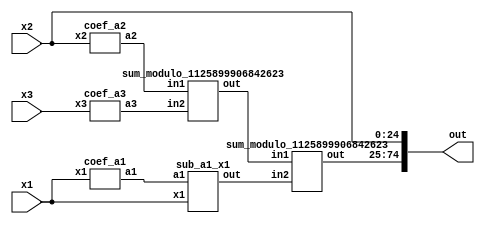
module reverse_converter_33554433_33554432_33554431 (x1, x2, x3, out);
	input [25:0] x1;
	input [24:0] x2;
	input [24:0] x3;
	wire [49:0] a1;
	wire [49:0] a2;
	wire [49:0] a3;
	wire [49:0] sum1;
	wire [49:0] sum2;
	wire [49:0] sum3;
	output [74:0] out;
		
	coef_a1 ca1(x1,a1);
	coef_a2 ca2(x2,a2);
	coef_a3 ca3(x3,a3);
	sum_modulo_1125899906842623 sm1(a2, a3, sum1);
	sub_a1_x1 sm2(a1, x1, sum2);
	sum_modulo_1125899906842623 sm3(sum1, sum2, sum3);
	
	assign out[0] = x2[0];
	assign out[1] = x2[1];
	assign out[2] = x2[2];
	assign out[3] = x2[3];
	assign out[4] = x2[4];
	assign out[5] = x2[5];
	assign out[6] = x2[6];
	assign out[7] = x2[7];
	assign out[8] = x2[8];
	assign out[9] = x2[9];
	assign out[10] = x2[10];
	assign out[11] = x2[11];
	assign out[12] = x2[12];
	assign out[13] = x2[13];
	assign out[14] = x2[14];
	assign out[15] = x2[15];
	assign out[16] = x2[16];
	assign out[17] = x2[17];
	assign out[18] = x2[18];
	assign out[19] = x2[19];
	assign out[20] = x2[20];
	assign out[21] = x2[21];
	assign out[22] = x2[22];
	assign out[23] = x2[23];
	assign out[24] = x2[24];
	
	assign out[25] = sum3[0];
	assign out[26] = sum3[1];
	assign out[27] = sum3[2];
	assign out[28] = sum3[3];
	assign out[29] = sum3[4];
	assign out[30] = sum3[5];
	assign out[31] = sum3[6];
	assign out[32] = sum3[7];
	assign out[33] = sum3[8];
	assign out[34] = sum3[9];
	assign out[35] = sum3[10];
	assign out[36] = sum3[11];
	assign out[37] = sum3[12];
	assign out[38] = sum3[13];
	assign out[39] = sum3[14];
	assign out[40] = sum3[15];
	assign out[41] = sum3[16];
	assign out[42] = sum3[17];
	assign out[43] = sum3[18];
	assign out[44] = sum3[19];
	assign out[45] = sum3[20];
	assign out[46] = sum3[21];
	assign out[47] = sum3[22];
	assign out[48] = sum3[23];
	assign out[49] = sum3[24];
	assign out[50] = sum3[25];
	assign out[51] = sum3[26];
	assign out[52] = sum3[27];
	assign out[53] = sum3[28];
	assign out[54] = sum3[29];
	assign out[55] = sum3[30];
	assign out[56] = sum3[31];
	assign out[57] = sum3[32];
	assign out[58] = sum3[33];
	assign out[59] = sum3[34];
	assign out[60] = sum3[35];
	assign out[61] = sum3[36];
	assign out[62] = sum3[37];
	assign out[63] = sum3[38];
	assign out[64] = sum3[39];
	assign out[65] = sum3[40];
	assign out[66] = sum3[41];
	assign out[67] = sum3[42];
	assign out[68] = sum3[43];
	assign out[69] = sum3[44];
	assign out[70] = sum3[45];
	assign out[71] = sum3[46];
	assign out[72] = sum3[47];
	assign out[73] = sum3[48];
	assign out[74] = sum3[49];
	
endmodule

module coef_a3 (x3, a3);
	input [24:0] x3;
	output [49:0] a3;
	assign a3[49] = x3[0];
	assign a3[48] = x3[24];
	assign a3[47] = x3[23];
	assign a3[46] = x3[22];
	assign a3[45] = x3[21];
	assign a3[44] = x3[20];
	assign a3[43] = x3[19];
	assign a3[42] = x3[18];
	assign a3[41] = x3[17];
	assign a3[40] = x3[16];
	assign a3[39] = x3[15];
	assign a3[38] = x3[14];
	assign a3[37] = x3[13];
	assign a3[36] = x3[12];
	assign a3[35] = x3[11];
	assign a3[34] = x3[10];
	assign a3[33] = x3[9];
	assign a3[32] = x3[8];
	assign a3[31] = x3[7];
	assign a3[30] = x3[6];
	assign a3[29] = x3[5];
	assign a3[28] = x3[4];
	assign a3[27] = x3[3];
	assign a3[26] = x3[2];
	assign a3[25] = x3[1];
	assign a3[24] = x3[0];
	assign a3[23] = x3[24];
	assign a3[22] = x3[23];
	assign a3[21] = x3[22];
	assign a3[20] = x3[21];
	assign a3[19] = x3[20];
	assign a3[18] = x3[19];
	assign a3[17] = x3[18];
	assign a3[16] = x3[17];
	assign a3[15] = x3[16];
	assign a3[14] = x3[15];
	assign a3[13] = x3[14];
	assign a3[12] = x3[13];
	assign a3[11] = x3[12];
	assign a3[10] = x3[11];
	assign a3[9] = x3[10];
	assign a3[8] = x3[9];
	assign a3[7] = x3[8];
	assign a3[6] = x3[7];
	assign a3[5] = x3[6];
	assign a3[4] = x3[5];
	assign a3[3] = x3[4];
	assign a3[2] = x3[3];
	assign a3[1] = x3[2];
	assign a3[0] = x3[1];
endmodule

module coef_a2 (x2, a2);
	input [24:0] x2;
	output [49:0] a2;
	assign a2[49] = ~x2[24];
	assign a2[48] = ~x2[23];
	assign a2[47] = ~x2[22];
	assign a2[46] = ~x2[21];
	assign a2[45] = ~x2[20];
	assign a2[44] = ~x2[19];
	assign a2[43] = ~x2[18];
	assign a2[42] = ~x2[17];
	assign a2[41] = ~x2[16];
	assign a2[40] = ~x2[15];
	assign a2[39] = ~x2[14];
	assign a2[38] = ~x2[13];
	assign a2[37] = ~x2[12];
	assign a2[36] = ~x2[11];
	assign a2[35] = ~x2[10];
	assign a2[34] = ~x2[9];
	assign a2[33] = ~x2[8];
	assign a2[32] = ~x2[7];
	assign a2[31] = ~x2[6];
	assign a2[30] = ~x2[5];
	assign a2[29] = ~x2[4];
	assign a2[28] = ~x2[3];
	assign a2[27] = ~x2[2];
	assign a2[26] = ~x2[1];
	assign a2[25] = ~x2[0];
	assign a2[24] = 1;
	assign a2[23] = 1;
	assign a2[22] = 1;
	assign a2[21] = 1;
	assign a2[20] = 1;
	assign a2[19] = 1;
	assign a2[18] = 1;
	assign a2[17] = 1;
	assign a2[16] = 1;
	assign a2[15] = 1;
	assign a2[14] = 1;
	assign a2[13] = 1;
	assign a2[12] = 1;
	assign a2[11] = 1;
	assign a2[10] = 1;
	assign a2[9] = 1;
	assign a2[8] = 1;
	assign a2[7] = 1;
	assign a2[6] = 1;
	assign a2[5] = 1;
	assign a2[4] = 1;
	assign a2[3] = 1;
	assign a2[2] = 1;
	assign a2[1] = 1;
	assign a2[0] = 1;
endmodule

module coef_a1 (x1, a1);
	input [25:0] x1;
	output [49:0] a1;
	wire bx;
	
	assign bx = x1[25] ^ x1[0];
	assign a1[49] = bx;
	assign a1[48] = x1[24];
	assign a1[47] = x1[23];
	assign a1[46] = x1[22];
	assign a1[45] = x1[21];
	assign a1[44] = x1[20];
	assign a1[43] = x1[19];
	assign a1[42] = x1[18];
	assign a1[41] = x1[17];
	assign a1[40] = x1[16];
	assign a1[39] = x1[15];
	assign a1[38] = x1[14];
	assign a1[37] = x1[13];
	assign a1[36] = x1[12];
	assign a1[35] = x1[11];
	assign a1[34] = x1[10];
	assign a1[33] = x1[9];
	assign a1[32] = x1[8];
	assign a1[31] = x1[7];
	assign a1[30] = x1[6];
	assign a1[29] = x1[5];
	assign a1[28] = x1[4];
	assign a1[27] = x1[3];
	assign a1[26] = x1[2];
	assign a1[25] = x1[1];
	assign a1[24] = bx;
	assign a1[23] = x1[24];
	assign a1[22] = x1[23];
	assign a1[21] = x1[22];
	assign a1[20] = x1[21];
	assign a1[19] = x1[20];
	assign a1[18] = x1[19];
	assign a1[17] = x1[18];
	assign a1[16] = x1[17];
	assign a1[15] = x1[16];
	assign a1[14] = x1[15];
	assign a1[13] = x1[14];
	assign a1[12] = x1[13];
	assign a1[11] = x1[12];
	assign a1[10] = x1[11];
	assign a1[9] = x1[10];
	assign a1[8] = x1[9];
	assign a1[7] = x1[8];
	assign a1[6] = x1[7];
	assign a1[5] = x1[6];
	assign a1[4] = x1[5];
	assign a1[3] = x1[4];
	assign a1[2] = x1[3];
	assign a1[1] = x1[2];
	assign a1[0] = x1[1];
	
endmodule

// Sum modulo (2^50 - 1) = 1125899906842623
module sum_modulo_1125899906842623 (in1, in2, out);
	input [49:0] in1;
	input [49:0] in2;
	output reg [49:0] out;
	wire [50:0] data;
	wire [50:0] data2;
	assign data = in1 + in2;
	assign data2 = in1 + in2 + 1;
	always @(*)
	begin
		if (data2[50] == 1)
			out <= data2[49:0];
		else
			out <= data[49:0];
	end
endmodule

module sub_a1_x1 (a1, x1, out);
	input [49:0] a1;
	input [25:0] x1;
	output [49:0] out;
	
	assign out = a1 - x1;
	
endmodule